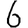
Digit: 6